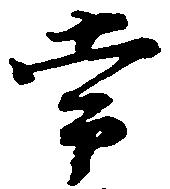
常